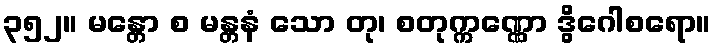
၃၅၂။ မန္တော စ မန္တနံ သော တု၊ စတုက္ကဏ္ဏော ဒွိဂေါစရော။